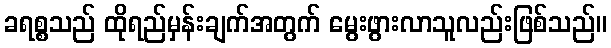
ခရစ္စသည် ထိုရည်မှန်းချက်အတွက် မွေးဖွားလာသူလည်းဖြစ်သည်။